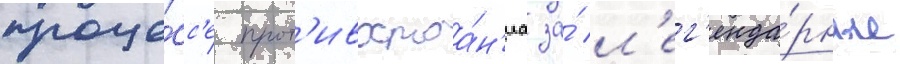
проце́сс'е прот'ивостоа́н'иа за́ л'ег'енда́рные